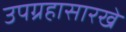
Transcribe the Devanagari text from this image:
उपग्रहासारखे